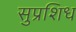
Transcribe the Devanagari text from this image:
सुप्रशिध